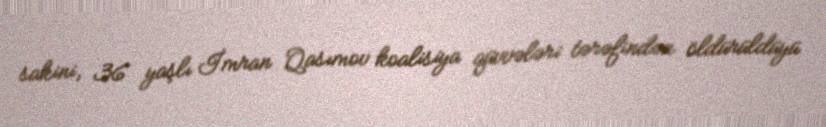
sakini, 36 yaşlı İmran Qasımov koalisiya qüvvələri tərəfindən öldürüldüyü